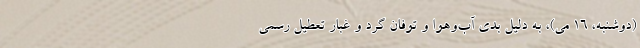
(دوشنبه، 16 می)، به دلیل بدی آب‌وهوا و توفان گرد و غبار تعطیل رسمی